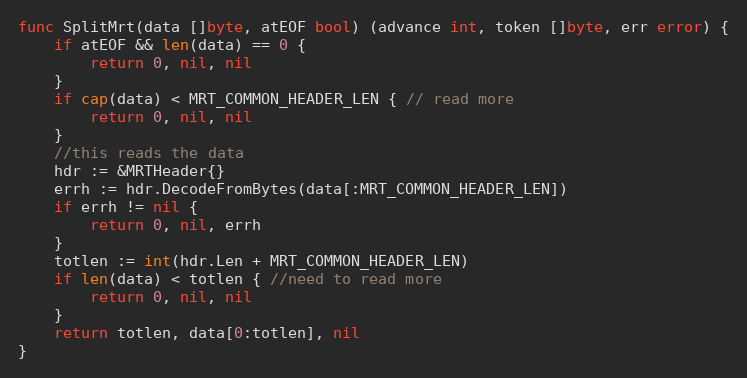
Language: Go
func SplitMrt(data []byte, atEOF bool) (advance int, token []byte, err error) {
	if atEOF && len(data) == 0 {
		return 0, nil, nil
	}
	if cap(data) < MRT_COMMON_HEADER_LEN { // read more
		return 0, nil, nil
	}
	//this reads the data
	hdr := &MRTHeader{}
	errh := hdr.DecodeFromBytes(data[:MRT_COMMON_HEADER_LEN])
	if errh != nil {
		return 0, nil, errh
	}
	totlen := int(hdr.Len + MRT_COMMON_HEADER_LEN)
	if len(data) < totlen { //need to read more
		return 0, nil, nil
	}
	return totlen, data[0:totlen], nil
}